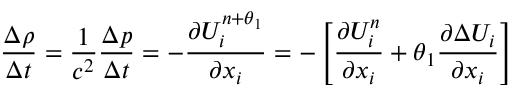
\frac { \Delta \rho } { \Delta t } = \frac { 1 } { { { c } ^ { 2 } } } \frac { \Delta p } { \Delta t } = - \frac { \partial U _ { i } ^ { n + \theta _ { 1 } } } { \partial { { x } _ { i } } } = - \left[ \frac { \partial U _ { i } ^ { n } } { \partial { { x } _ { i } } } + \theta _ { 1 } \frac { \partial \Delta { { U } _ { i } } } { \partial { { x } _ { i } } } \right]